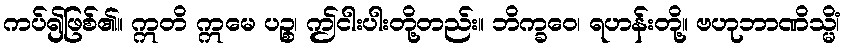
ကပ်၍ဖြစ်၏။ ဣတိ ဣမေ ပဉ္စ၊ ဤငါးပါးတို့တည်း။ ဘိက္ခဝေ၊ ရဟန်းတို့။ ဗဟုဘာဏိသ္မိံ၊